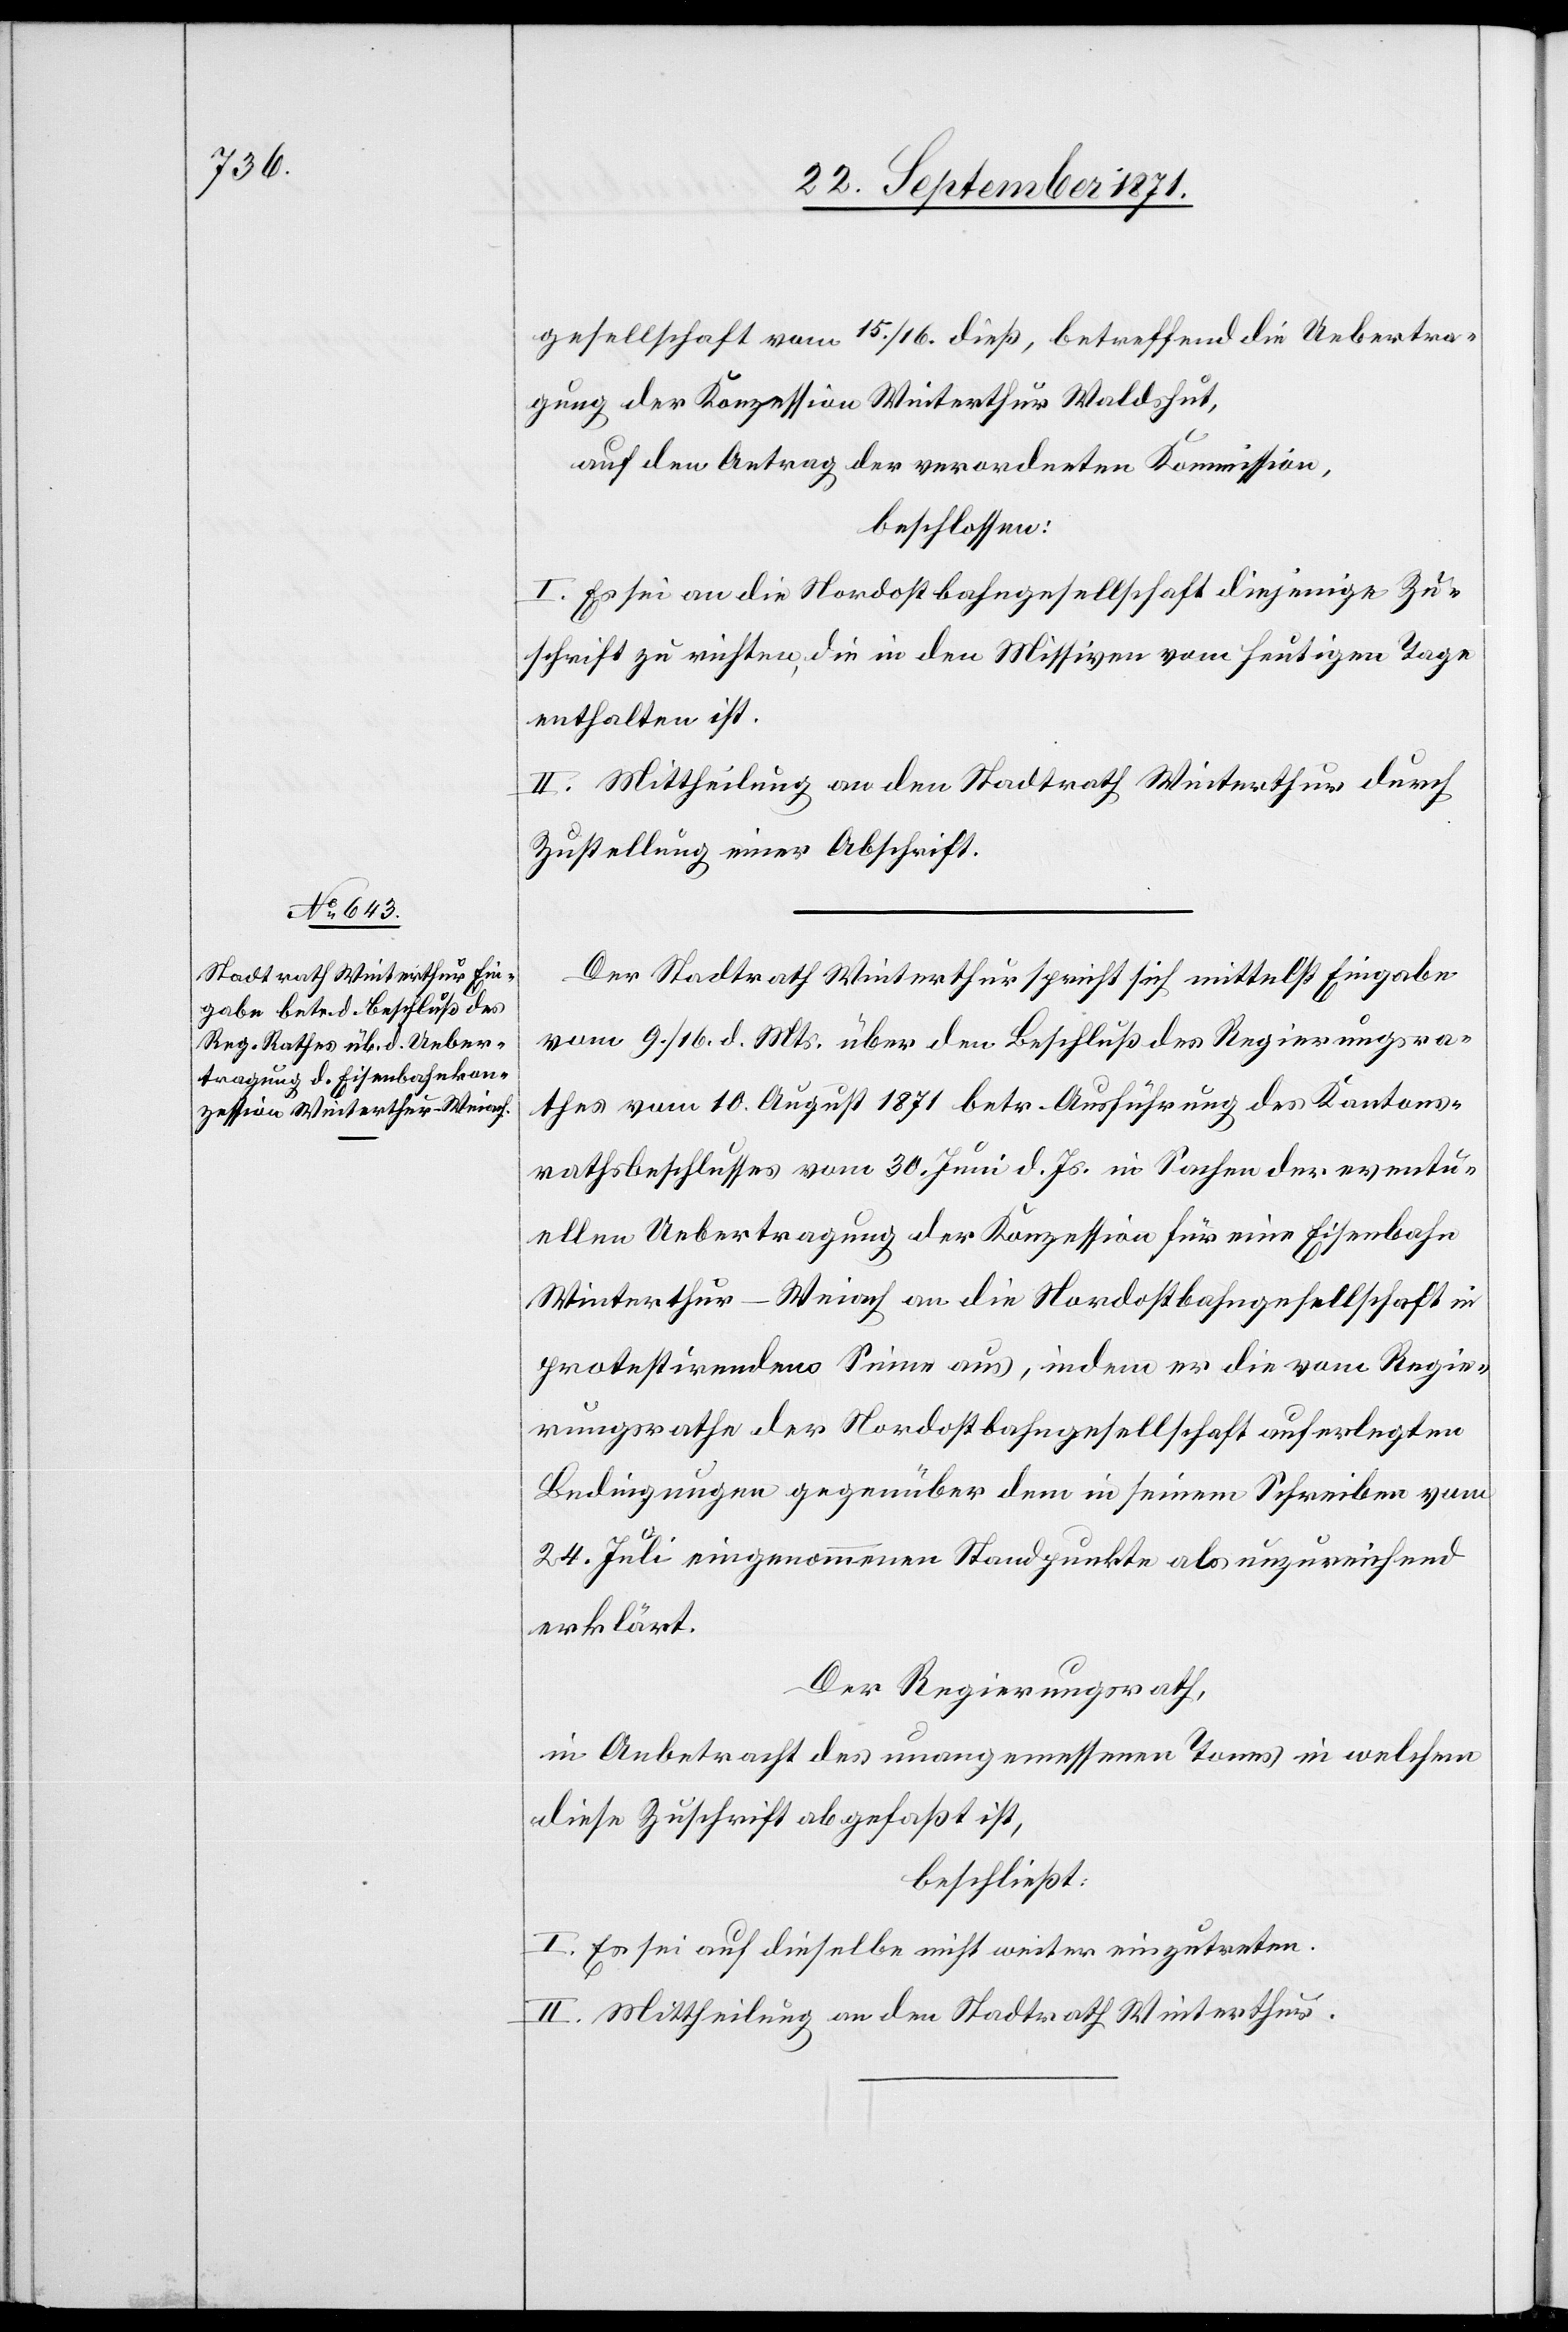
gesellschaft vom 15./16. dieß, betreffend die Uebertra¬
gung der Konzession Winterthur Waldshut,
auf den Antrag der verordneten Kommission,
beschlossen:
I. Es sei an die Nordostbahngesellschaft diejenige Zu¬
schrift zu richten, die in den Missiven vom heutigen Tage
enthalten ist.
II. Mittheilung an den Stadtrath Winterthur durch
Zustellung einer Abschrift.
Der Stadtrath Winterthur spricht sich mittelst Eingabe
vom 9./16. d. Mts. über den Beschluß des Regierungsra¬
thes vom 10. August 1871 betr. Ausführung des Kantons¬
rathsbeschlußes vom 30. Juni d. Js. in Sachen der eventu¬
ellen Uebertragung der Konzession für eine Eisenbahn
Winterthur–Weiach an die Nordostbahngesellschaft in
protestirendem Sinne aus, indem er die vom Regie¬
rungsrathe der Nordostbahngesellschaft auferlegten
Bedingungen gegenüber dem in seinem Schreiben vom
24. Juli eingenommenen Standpunkte als unzureichend
erklärt.
Der Regierungsrath,
in Anbetracht des unangemessenen Tons in welchem
diese Zuschrift abgefasst ist,
beschließt:
I. Es sei auf dieselbe nicht weiter einzutreten.
II. Mittheilung an den Stadtrath Winterthur.